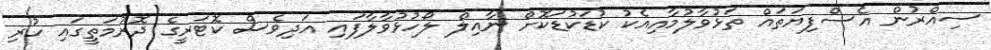
ސިއްރުން އެސްފިޔަތައް ތަޅުވާލުމާއިއެކު ކުޑަކުޑަކޮށް ނާއިލް ލޯހުޅުވާލާފައި އަދިވެސް ކޮޓަރީގެ ދޮރުމަތީގައި ހުރި